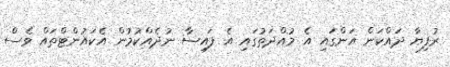
ރުފިޔާ ދައްކަން އަންގައި އެ މުއްދަތުގައި އެ ފައިސާ ނުދެއްކުމުން އެކައުންޓްތައް ވެސް